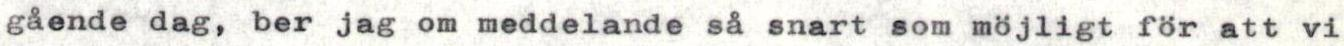
gående dag, ber jag om meddelande så snart som möjligt för att vi